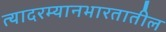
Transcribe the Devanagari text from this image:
त्यादरम्यानभारतातील